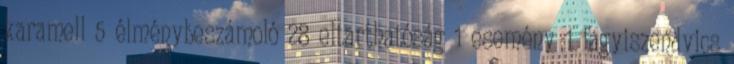
karamell 5 élménybeszámoló 28 eltarthatóság 1 esemény 1 fagyiszendvics